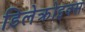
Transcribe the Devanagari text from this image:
डिलेक्रोइक्‍स